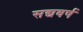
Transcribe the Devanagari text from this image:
सद्यवर्ष